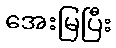
အေးမြပြီး